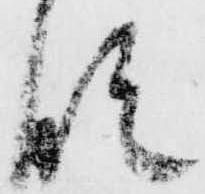
段